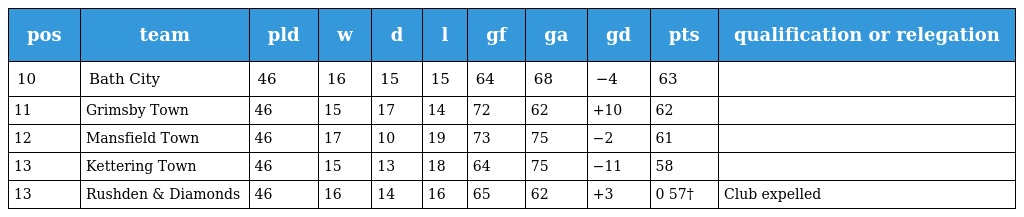
| pos | team | pld | w | d | l | gf | ga | gd | pts | qualification or relegation |
 | --- | --- | --- | --- | --- | --- | --- | --- | --- | --- | --- |
 | 10 | Bath City | 46 | 16 | 15 | 15 | 64 | 68 | −4 | 63 |  |
 | 11 | Grimsby Town | 46 | 15 | 17 | 14 | 72 | 62 | +10 | 62 |  |
 | 12 | Mansfield Town | 46 | 17 | 10 | 19 | 73 | 75 | −2 | 61 |  |
 | 13 | Kettering Town | 46 | 15 | 13 | 18 | 64 | 75 | −11 | 58 |  |
 | 13 | Rushden & Diamonds | 46 | 16 | 14 | 16 | 65 | 62 | +3 | 0 57† | Club expelled |